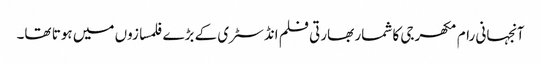
آنجہانی رام مکھرجی کا شمار بھارتی فلم انڈسٹری کے بڑے فلمسازوں میں ہوتا تھا۔